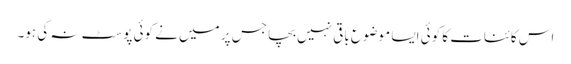
اس کائنات کا کوئی ایسا موضوع باقی نہیں بچا جس پر میں نے کوئی پوسٹ نہ کی ہو۔